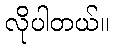
လိုပါတယ်။